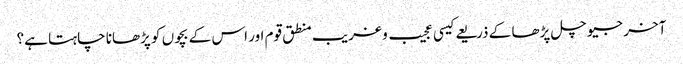
آخر جیو چل پڑھا کے ذریعے کیسی عجیب و غریب منطق قوم اور اس کے بچوں کو پڑھانا چاہتا ہے؟